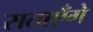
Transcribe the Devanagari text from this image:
सताएँगे